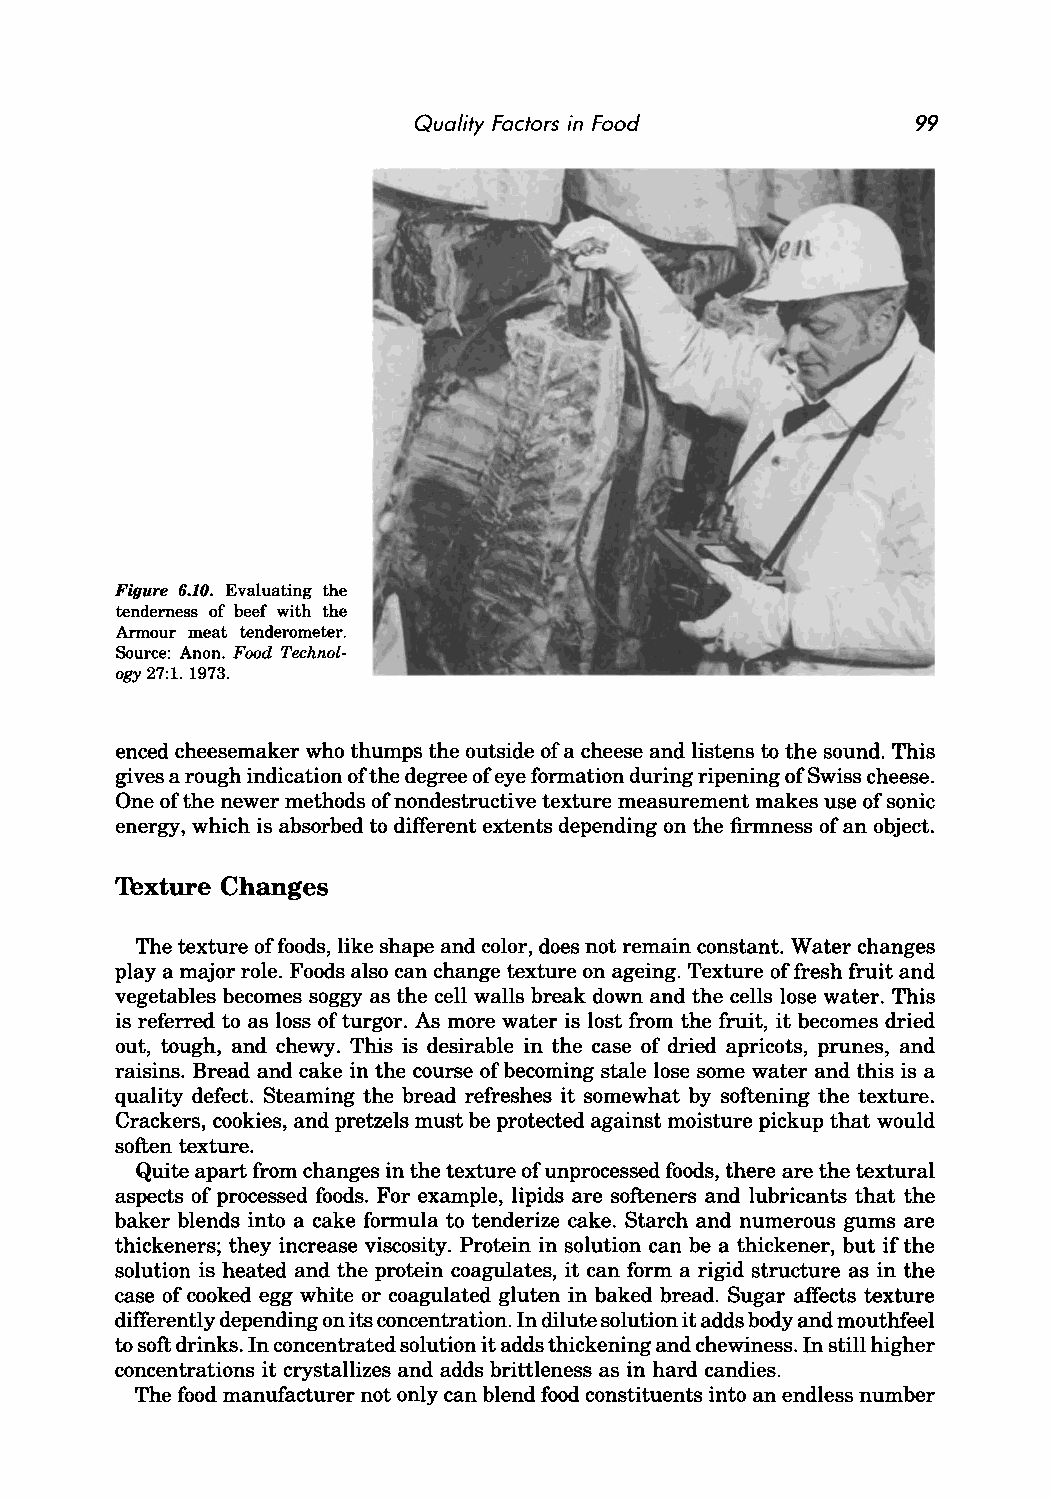
Quality Factors in Food           99
 Figure 6.10. Evaluating the
 tenderness of beef with the
 Armour meat tenderometer.
 Source: Anon. Food Technol
 ogy 27:1. 1973.
 enced cheesemaker who thumps the outside of a cheese and listens to the sound. This
 gives a rough indication of the degree of eye formation during ripening of Swiss cheese.
 One of the newer methods of nondestructive texture measurement makes use of sonic
 energy, which is absorbed to different extents depending on the firmness of an object.
 Texture Changes
 The texture of foods, like shape and color, does not remain constant. Water changes
 playa major role. Foods also can change texture on ageing. Texture of fresh fruit and
 vegetables becomes soggy as the cell walls break down and the cells lose water. This
 is referred to as loss of turgor. As more water is lost from the fruit, it becomes dried
 out, tough, and chewy. This is desirable in the case of dried apricots, prunes, and
 raisins. Bread and cake in the course of becoming stale lose some water and this is a
 quality defect. Steaming the bread refreshes it somewhat by softening the texture.
 Crackers, cookies, and pretzels must be protected against moisture pickup that would
 soften texture.
 Quite apart from changes in the texture of unprocessed foods, there are the textural
 aspects of processed foods. For example, lipids are softeners and lubricants that the
 baker blends into a cake formula to tenderize cake. Starch and numerous gums are
 thickeners; they increase viscosity. Protein in solution can be a thickener, but if the
 solution is heated and the protein coagulates, it can form a rigid structure as in the
 case of cooked egg white or coagulated gluten in baked bread. Sugar affects texture
 differently depending on its concentration. In dilute solution it adds body and mouthfeel
 to soft drinks. In concentrated solution it adds thickening and chewiness. In still higher
 concentrations it crystallizes and adds brittleness as in hard candies.
 The food manufacturer not only can blend food constituents into an endless number